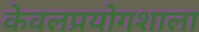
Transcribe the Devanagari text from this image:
केवलप्रयोगशाला